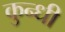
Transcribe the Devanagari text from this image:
कुन्धी